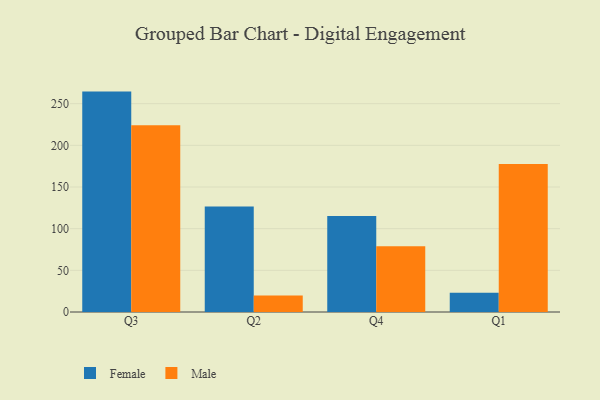
{"axis": {"x": "Quarter", "y": "Budget (USD K)"}, "legend": ["Female", "Male"], "data": [{"x": "Q3", "y": 264.5, "type": "Female"}, {"x": "Q3", "y": 224.1, "type": "Male"}, {"x": "Q2", "y": 126.5, "type": "Female"}, {"x": "Q2", "y": 19.8, "type": "Male"}, {"x": "Q4", "y": 115.2, "type": "Female"}, {"x": "Q4", "y": 78.9, "type": "Male"}, {"x": "Q1", "y": 23.0, "type": "Female"}, {"x": "Q1", "y": 177.6, "type": "Male"}]}